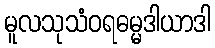
မူလသုသံဝရဓမ္မဒါယာဒါ